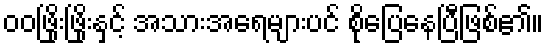
ဝဝဖြိုးဖြိုးနှင့် အသားအရေများပင် စိုပြေနေပြီဖြစ်၏။